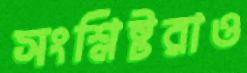
সংশ্লিষ্টরাও